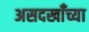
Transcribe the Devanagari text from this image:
असदखाँच्या